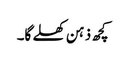
کچھ ذہن کھلے گا۔